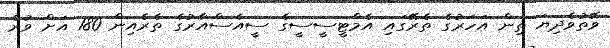
ވޭތުވެދިޔަ ތިން އަހަރުގެ ތެރޭގައި އެމްޓީސީސީގެ ސީއެސްއާރުގެ ތެރެއިން 180 އަށް ވުރެ